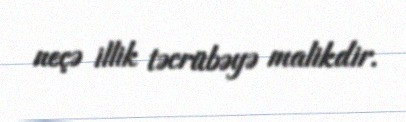
neçə illik təcrübəyə malikdir.